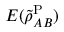
E ( \tilde { \rho } _ { A B } ^ { \mathrm { P } } )